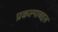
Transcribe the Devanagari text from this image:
प्रकल्पाबद्दल